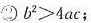
③$$b ^ { 2 } > 4 a c$$；